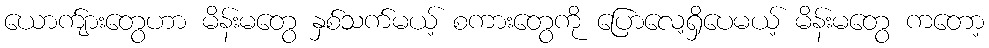
ယောက်ျားတွေဟာ မိန်းမတွေ နှစ်သက်မယ့် စကားတွေကို ပြောလေ့ရှိပေမယ့် မိန်းမတွေ ကတော့